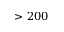
> 2 0 0